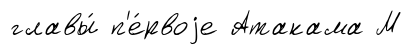
главы́ п'е́рвоjе Атакама М